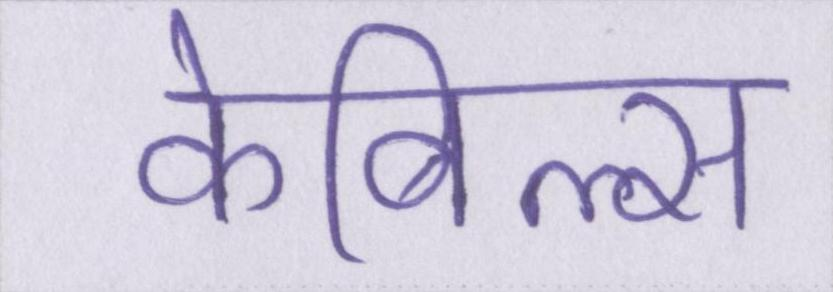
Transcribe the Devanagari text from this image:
केबिल्स